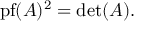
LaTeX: \operatorname { p f } ( A ) ^ { 2 } = \operatorname* { d e t } ( A ) .